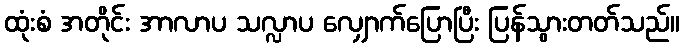
ထုံးစံ အတိုင်း အာလာပ သလ္လာပ လျှောက်ပြောပြီး ပြန်သွားတတ်သည်။